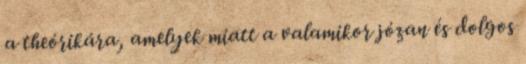
a theórikára, amelyek miatt a valamikor józan és dolgos